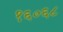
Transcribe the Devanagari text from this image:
१६०६८